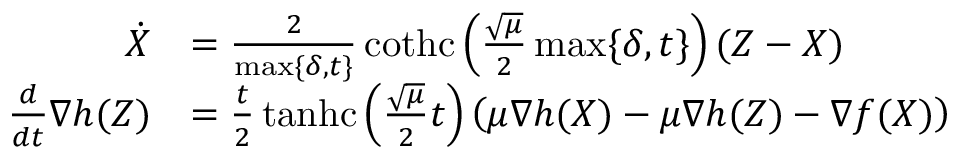
\begin{array} { r l } { \dot { X } } & { = \frac { 2 } { \operatorname* { m a x } \{ \delta , t \} } \operatorname { c o t h c } \left( \frac { \sqrt { \mu } } { 2 } \operatorname* { m a x } \{ \delta , t \} \right) ( Z - X ) } \\ { \frac { d } { d t } \nabla h ( Z ) } & { = \frac { t } { 2 } \operatorname { t a n h c } \left( \frac { \sqrt { \mu } } { 2 } t \right) \left( \mu \nabla h ( X ) - \mu \nabla h ( Z ) - \nabla f ( X ) \right) } \end{array}